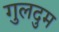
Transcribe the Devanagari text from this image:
गुलदुम